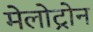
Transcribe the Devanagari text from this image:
मेलोट्रोन